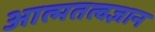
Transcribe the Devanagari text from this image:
आत्मतत्वज्ञान